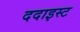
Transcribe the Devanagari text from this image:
ददाइस्ट